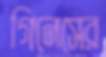
গিনেসের